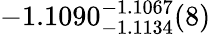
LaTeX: -1.1090_{-1.1134}^{-1.1067}(8)